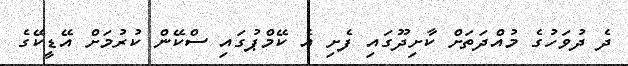
ދެ ދުވަހުގެ މުއްދަތަށް ކާށިދޫގައި ފެށި އެ ކޭމްޕުގައި ސްކޭން ކުރުމަށް އޭޑީކޭގެ